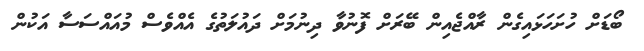
ބޯޑަށް ހުށަހަޅައިގެން ރާއްޖެއިން ބޭރަށް ފޮނުވާ ދިނުމަށް ދައުލަތުގެ އެއްވެސް މުއައްސަސާ އަކުން